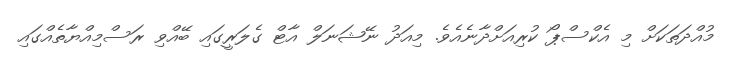
މުއްދަތަކަށް މި އެކްސްޕޯ ކުރިއަށްދާނެއެވެ. މިއަދު ނޭޝަނަލް އާޓް ގެލަރީގައި ބޭއްވި ރަސްމިއްޔާތެއްގައި